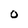
Character: 0